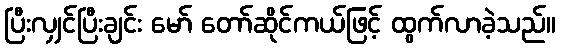
ပြီးလျှင်ပြီးချင်း မော် တော်ဆိုင်ကယ်ဖြင့် ထွက်လာခဲ့သည်။